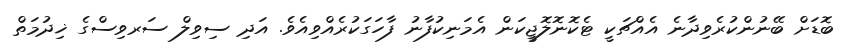
ބޮޑަށް ބޭނުންކުރެވިދާނެ އެއްޗަކީ ޓެކޮނޮލޮޖީކަން އެމަނިކުފާނު ފާހަގަކުރެއްވިއެވެ. އަދި ސިވިލް ސަރވިސްގެ ޚިދުމަތް